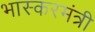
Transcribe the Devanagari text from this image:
भास्करमंत्री